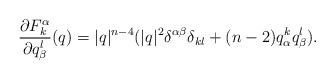
LaTeX: \begin{align*}\frac{\partial F_k^\alpha}{\partial q_\beta^l}(q)=|q|^{n-4} (|q|^2 \delta^{\alpha \beta}\delta_{kl} + (n-2) q_\alpha^k q_\beta^l).\end{align*}